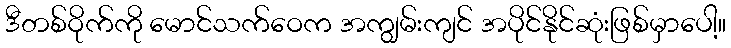
ဒီတစ်ဝိုက်ကို မောင်သက်ဝေက အကျွမ်းကျင် အပိုင်နိုင်ဆုံးဖြစ်မှာပေါ့။